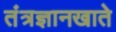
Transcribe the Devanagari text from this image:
तंत्रज्ञानखाते